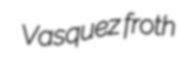
Vasquez froth